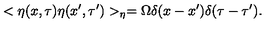
< \eta ( x , \tau ) \eta ( x ^ { \prime } , \tau ^ { \prime } ) > _ { \eta } = \Omega \delta ( x - x ^ { \prime } ) \delta ( \tau - \tau ^ { \prime } ) .